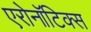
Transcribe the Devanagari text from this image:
एरोनॉटिक्‍स